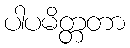
ပါပမိတ္တတာ